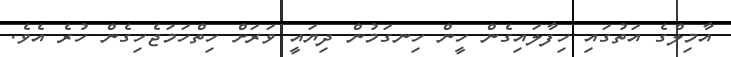
އާމިލްގެ އަތުގައި ހިފާލައިގެން ހީން ހިނގަމުން ދިޔައީ ވަރަށް ހިތްހަމަޖެހިގެން ހުރެ އެވެ.